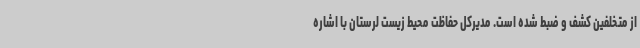
از متخلفین کشف و ضبط شده است. مدیرکل حفاظت محیط زیست لرستان با اشاره